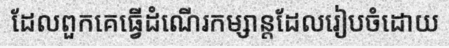
ដែលពួកគេធ្វើដំណើរកម្សាន្តដែលរៀបចំដោយ